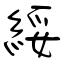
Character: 綏